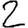
Digit: 2